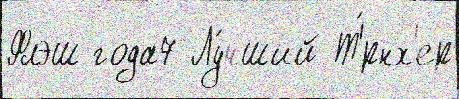
Флэш года7 Лу́чший Т'́рнх'ер